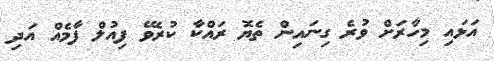
އަޅައި މިހާރަށް ވުރެ ގިނައިން ތެޔޮ ރައްކާ ކުރެވޭ ފިއުލް ފާމެއް އަދި